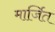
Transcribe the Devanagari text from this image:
मार्जित